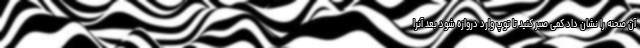
آن صحنه را نشان داد کمی صبر کنید تا توپ وارد دروازه شود بعد آنرا